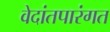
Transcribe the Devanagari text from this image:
वेदांतपारंगत